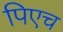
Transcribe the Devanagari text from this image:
पिएच